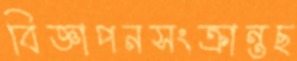
বিজ্ঞাপনসংক্রান্তছ